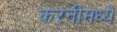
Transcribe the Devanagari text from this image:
करनीमध्ये